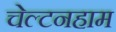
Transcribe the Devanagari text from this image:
चेल्टनहाम